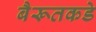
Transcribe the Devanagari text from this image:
बैरूतकडे